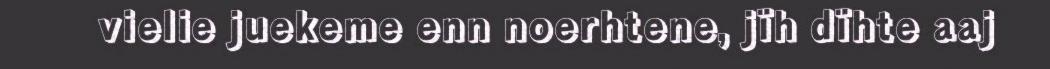
vielie juekeme enn noerhtene, jïh dïhte aaj